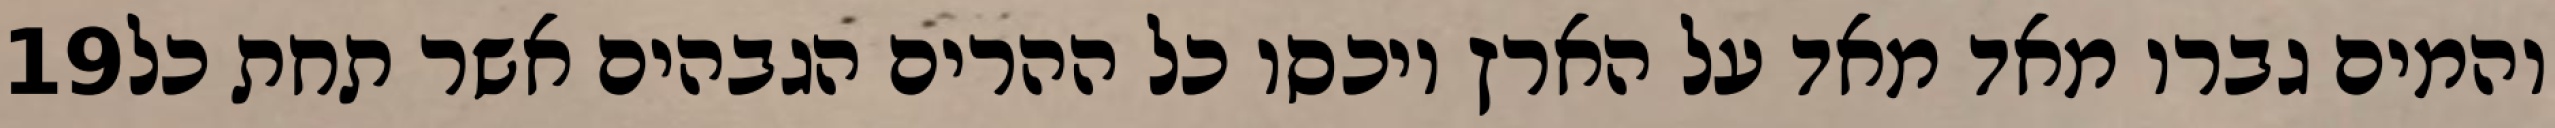
‎19‏ והמים גברו מאד מאד על הארץ ויכסו כל ההרים הגבהים אשר תחת כל